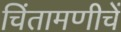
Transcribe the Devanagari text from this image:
चिंतामणीचें